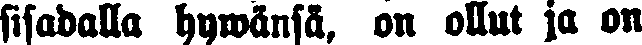
sisadalla hywänsä, on ollut ja on